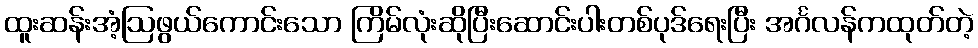
ထူးဆန်းအံ့ဩဖွယ်ကောင်းသော ကြိမ်လုံးဆိုပြီးဆောင်းပါးတစ်ပုဒ်ရေးပြီး အင်္ဂလန်ကထုတ်တဲ့